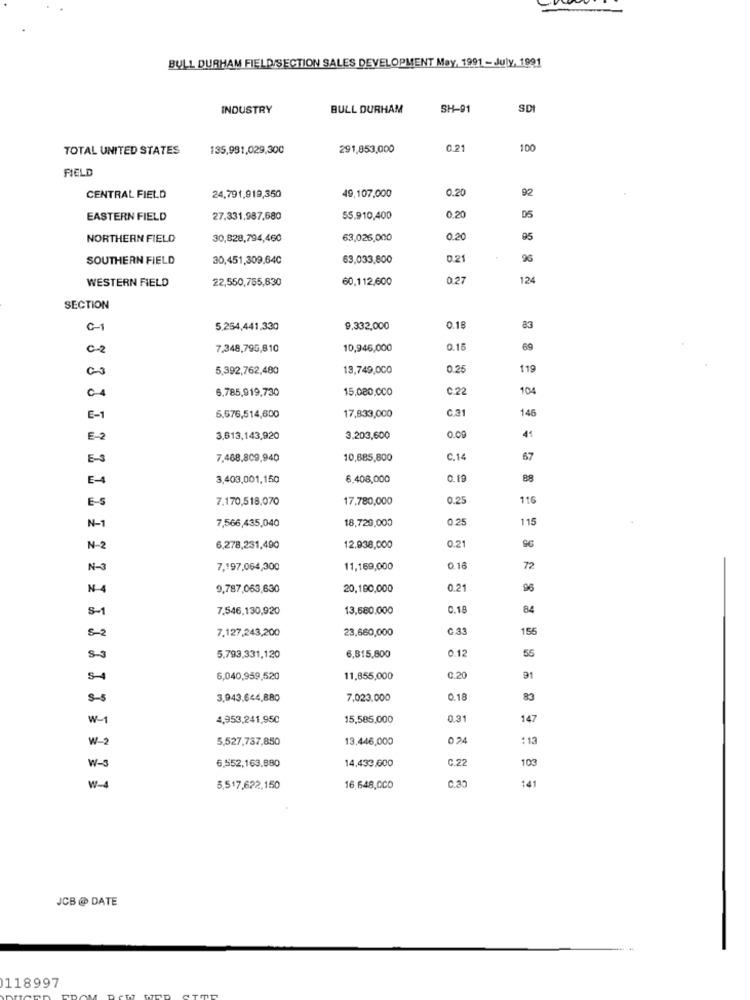
BULL DURHAM FIELD/SECTION SALES DEVELOPMENT May, 1991 - July, 1991
INDUSTRY
BULL DURHAM
SH-91
SDI
TOTAL UNITED STATES
135,991,029,300
291,853,000
0.21
100
FIELD
49,107,000
0.20
92
CENTRAL FIELD
24,791,919,350
EASTERN FIELD
27.331,987,680
55.910,400
0.20
05
NORTHERN FIELD
30,828,794,460
63,026,000
0.20
95
SOUTHERN FIELD
30,451,309.640
63,033,800
0.21
96
WESTERN FIELD
22,550,755,830
60.112,600
0.27
124
SECTION
5.254,441,330
9.332,000
0.18
83
C-2
7.348,795,810
10,946,000
0.15
69
00
5,392,762,480
13,749,000
0.25
119
6,785,919,730
15.080.0CO
C.22
104
E-1
146
5.576,514,600
17,833,000
E-2
3.613,143,920
3,203,600
0.00
E-S
7.468,809,940
10,685,800
C.14
67
E-
3,403,001,150
6.408,000
0.19
88
E-S
7.170,518,070
17.780,000
0.25
116
N-1
18,729,000
0.25
115
7,566,435,040
0.21
N-2
6,278,231,490
12.938,000
N-3
7,197,064,300
11,169,000
0.16
72
N 4
9,787,063,630
20,180,000
0.21
96
S-1
7.546,130,920
13,580,000
C.18
84
5-2
23,660,000
G:33
155
7.127,243,200
0.12
55
5.793,331,120
6,815,800
5-4
6,040,959,520
11,855,000
0.20
91
S-5
3,943.6€4,880
7,023.000
0.18
83
W-1
4,953,241,950
15,585,000
0.31
147
W-2
5,527,737,850
13,446,000
:13
6,552,163,880
14,433.600
C.22
103
W-s
W-4
5,517,622,150
16,648,0CO
141
JCB @ DATE
118997